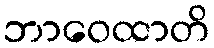
ဘာဝေထာတိ